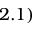
2 . 1 )